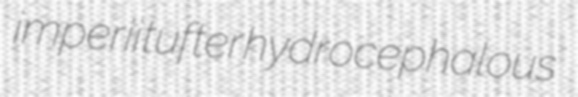
imperii tufter hydrocephalous